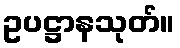
ဥပဋ္ဌာနသုတ်။